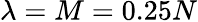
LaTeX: \lambda=M=0.25N